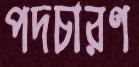
পদচারণ